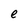
Character: e